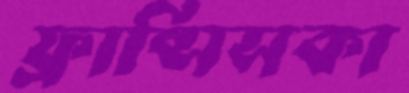
ফ্রান্সিসকা